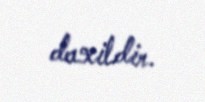
daxildir.